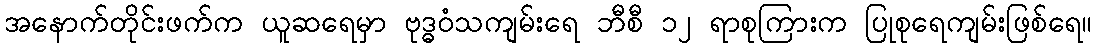
အနောက်တိုင်းဖက်က ယူဆရေမှာ ဗုဒ္ဓဝံသကျမ်းရေ ဘီစီ ၁၂ ရာစုကြားက ပြုစုရေကျမ်းဖြစ်ရေ။